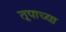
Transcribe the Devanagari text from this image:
तूपाच्या